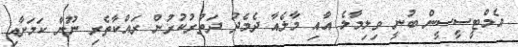
އެމްޓީސީސީން ބުނީ ވިލިމާލެ އާއި މާލެއާ ދެމެދު ދަތުރުކުރުން ރައްކާތެރި ނޫން ކަމަށާއި